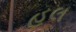
હલ